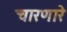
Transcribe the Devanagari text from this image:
चारणारे